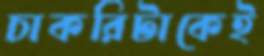
চাকরিটাকেই